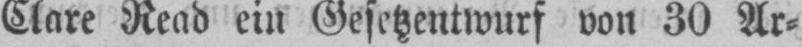
Clare Read ein Gesetzentwurf von 30 Ar⸗